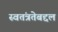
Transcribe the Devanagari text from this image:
स्वतंत्रतेबद्दल